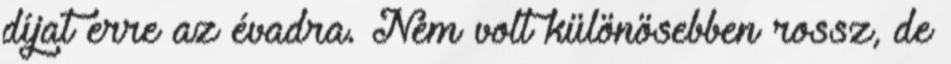
díjat erre az évadra. Nem volt különösebben rossz, de